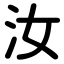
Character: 汝